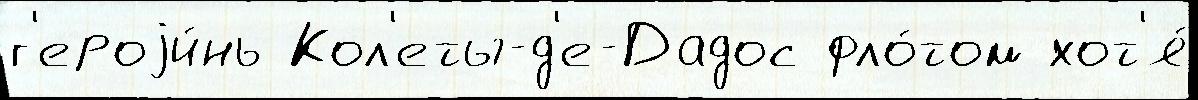
г'ероjи́нь Кол'еты-д'е-Дадос фло́том хот'я́